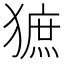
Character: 𤡍